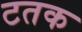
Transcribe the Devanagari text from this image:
टतक